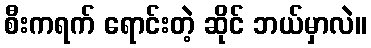
စီးကရက် ရောင်းတဲ့ ဆိုင် ဘယ်မှာလဲ။